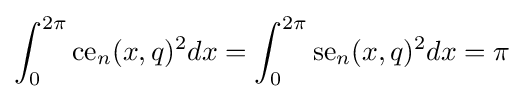
\int _{0}^{2\pi }{\text{ce}}_{n}(x,q)^{2}dx=\int _{0}^{2\pi }{\text{se}}_{n}(x,q)^{2}dx=\pi